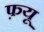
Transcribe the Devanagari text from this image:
फ़यू